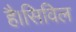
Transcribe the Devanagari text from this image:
है।सिविल